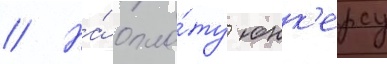
// На́ опла́ту юнк'ерсу